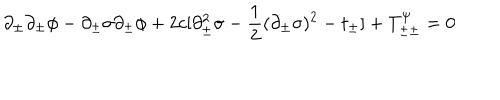
\partial _ { \pm } \partial _ { \pm } \phi - \partial _ { \pm } \sigma \partial _ { \pm } \phi + 2 c [ \partial _ { \pm } ^ { 2 } \sigma - { \frac { 1 } { 2 } } ( \partial _ { \pm } \sigma ) ^ { 2 } - t _ { \pm } ] + T _ { \pm \pm } ^ { \psi } = 0